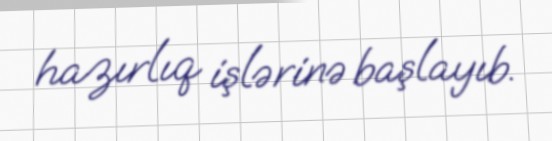
hazırlıq işlərinə başlayıb.